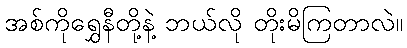
အစ်ကိုရွှေနီတို့နဲ့ ဘယ်လို တိုးမိကြတာလဲ။